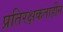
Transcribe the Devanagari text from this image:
प्रतिरक्षकताहीन